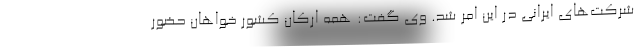
شرکت‌های ایرانی در این امر شد. وی گفت: همه ارکان کشور خواهان حضور